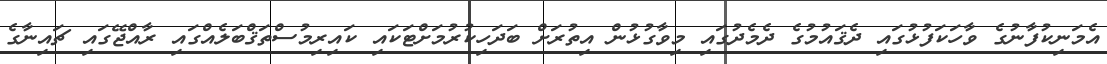
އެމަނިކުފާނުގެ ވާހަކަފުޅުގައި ދެޤައުމުގެ ދެމެދުގައި މިވާގުޅުން އިތުރަށް ބަދަހިކުރުމަށްޓަކައި ކައިރިމުސްތަޤްބަލެއްގައި ރާއްޖޭގައި ޗައިނާގެ